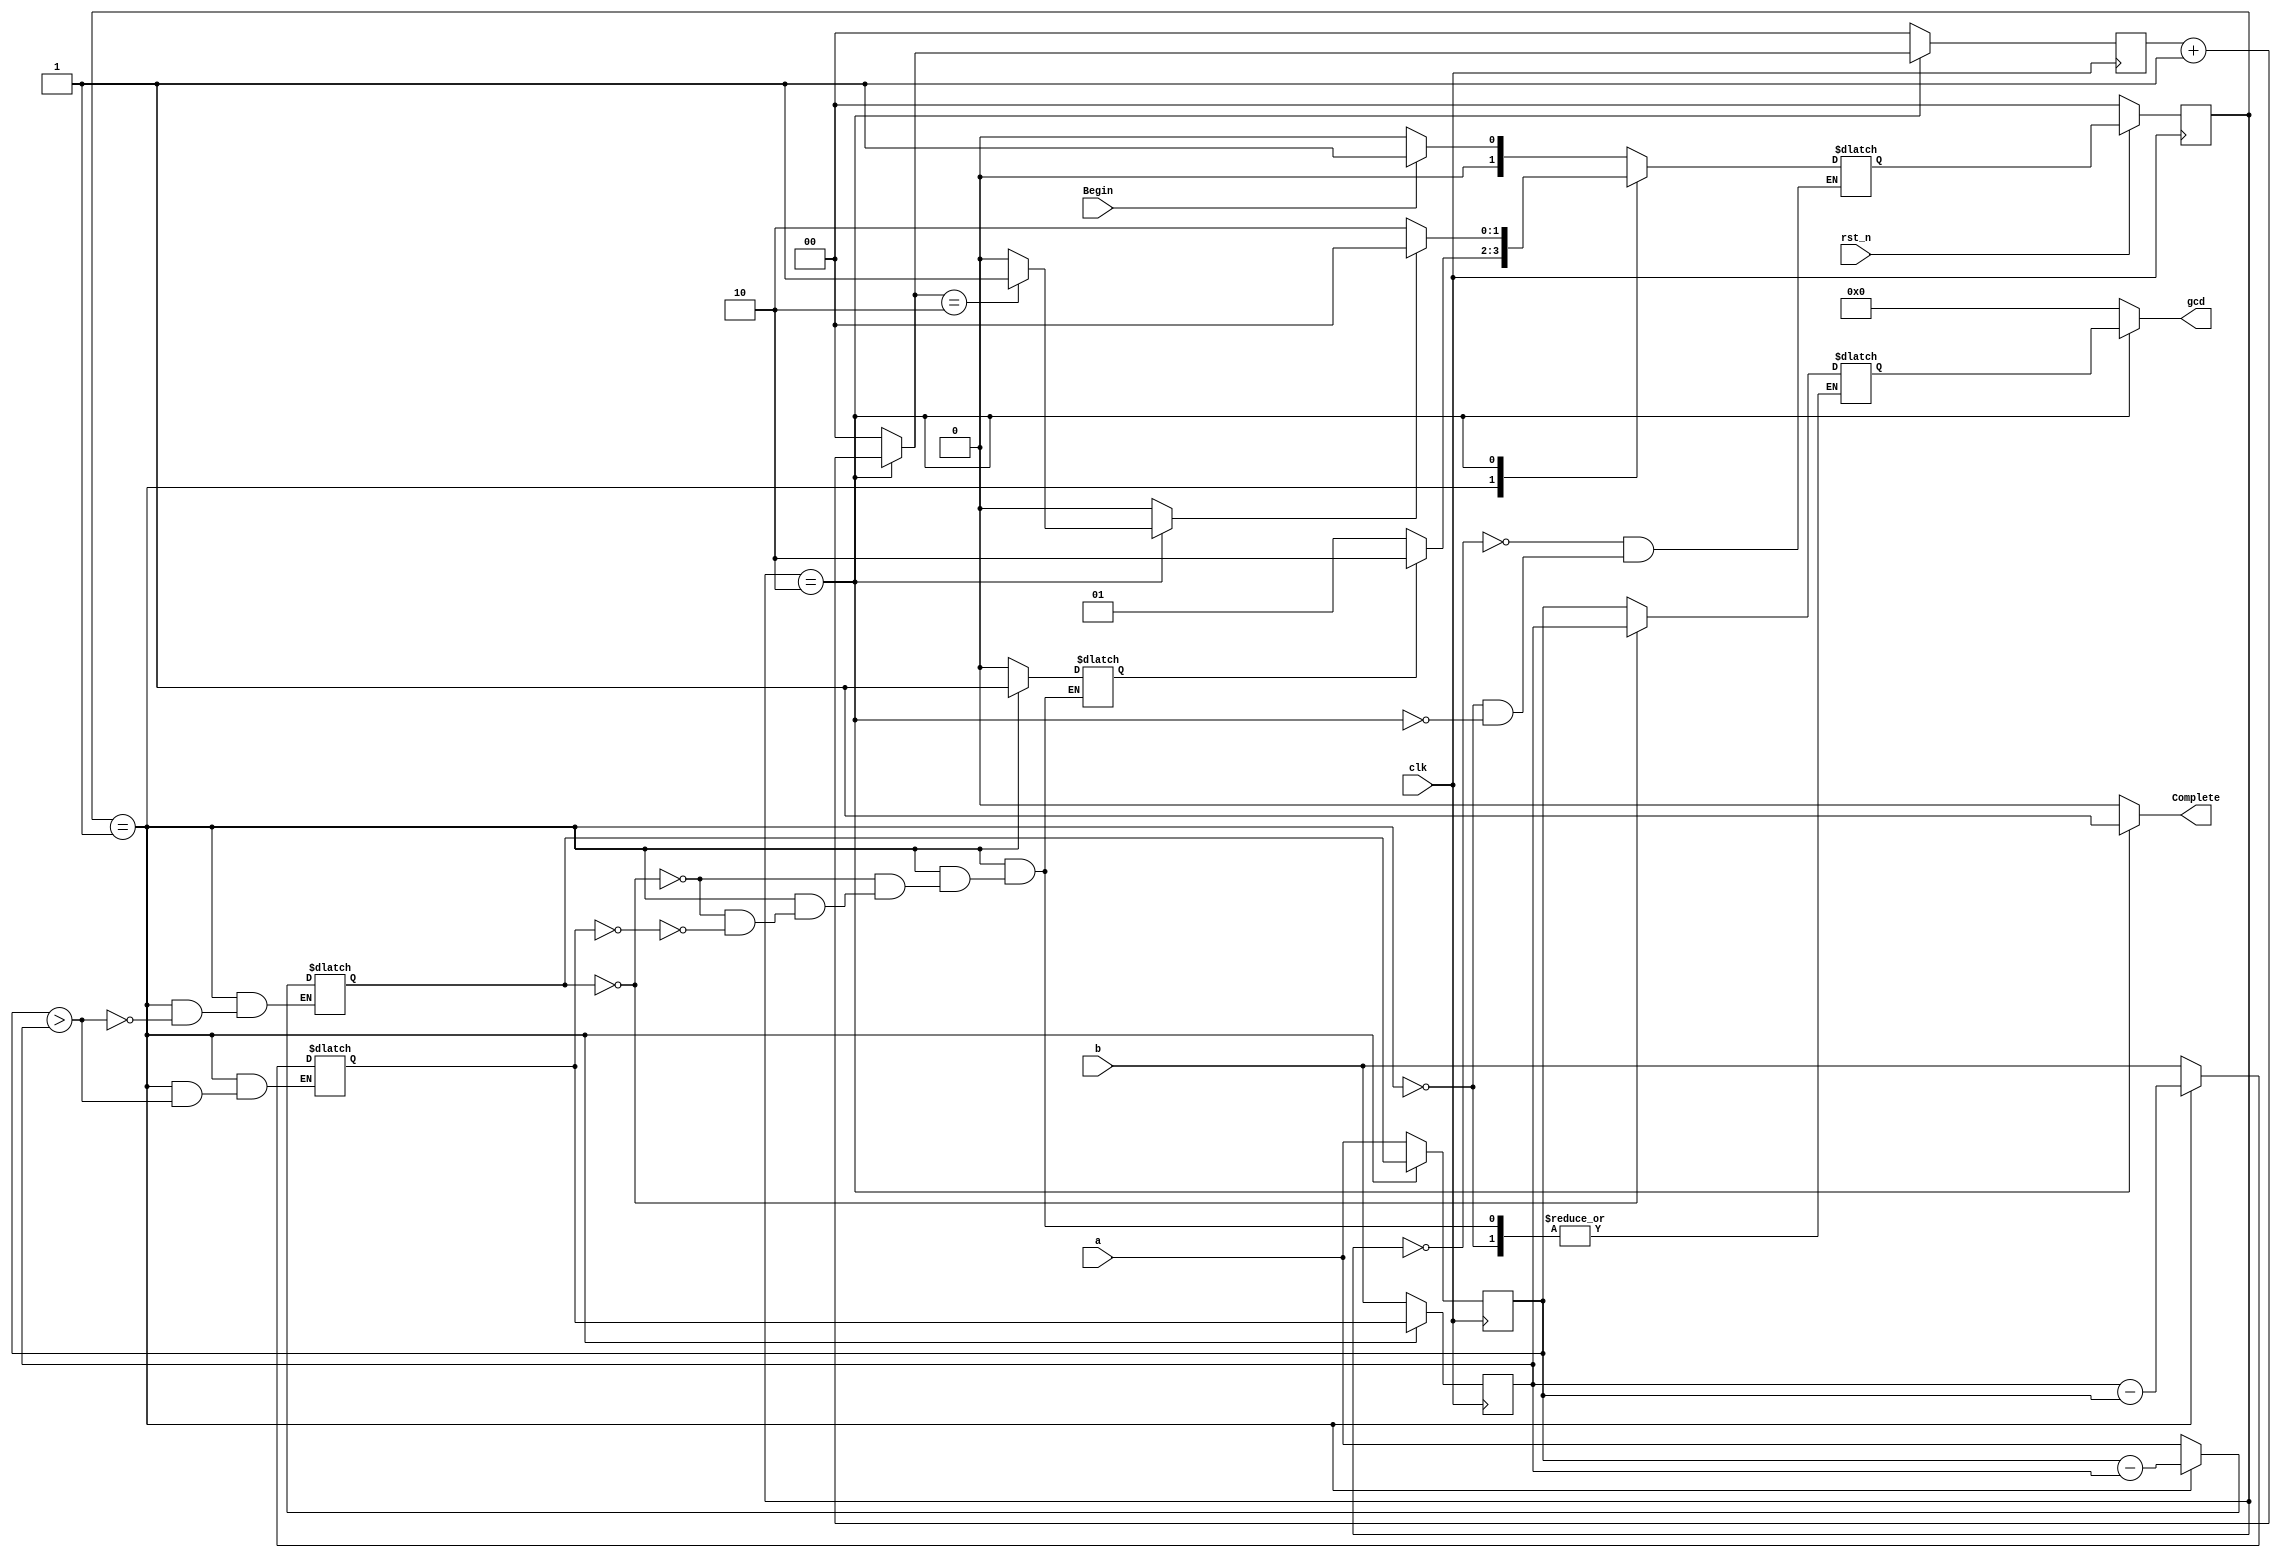
`timescale 1ns/1ps

module Greatest_Common_Divisor (clk, rst_n, Begin, a, b, Complete, gcd);
input clk, rst_n;
input Begin;
input [16-1:0] a;
input [16-1:0] b;
output reg Complete;
output reg [16-1:0] gcd;

parameter WAIT = 2'b00;
parameter CAL = 2'b01;
parameter FINISH = 2'b10;

reg [1:0] state;
reg [1:0] next_state;
reg cal_done;
reg finish_done;
reg [16-1:0] out;
reg [16-1:0] next_a;
reg [16-1:0] next_b;
reg [16-1:0] cal_a;
reg [16-1:0] cal_b;
reg [1:0] finish_cnt;
reg [1:0] next_finish_cnt;

// Sequential: control current state
always @(posedge clk) begin
  if (rst_n == 1'b0) state <= WAIT;
  else               state <= next_state;
end

// Combinational: calculate next state
always @(*) begin
  case(state)
    WAIT: begin
      if (Begin == 1'b1) next_state = CAL;
      else               next_state = WAIT;
    end
    CAL: begin
      if (cal_done == 1'b1) next_state = FINISH;
      else                  next_state = CAL;
    end
    FINISH: begin
      if (finish_done == 1'b1) next_state = WAIT;
      else                     next_state = FINISH;
    end
    default: begin
      next_state = next_state;
    end
  endcase
end

// [CAL] Sequential: control CAL internal state
always @(posedge clk) begin
  if (state == CAL) begin
    cal_a <= next_a;
    cal_b <= next_b;
  end
  else begin
    cal_a <= a;
    cal_b <= b;
  end
end


// [CAL] Combinational: calculate gcd
always @(*) begin
  if (state == CAL) begin
    if (cal_a > cal_b) next_a = cal_a - cal_b;
    else               next_b = cal_b - cal_a;
  end
  else begin
    next_a = a;
    next_b = b;
  end
end

// [CAL] Combinational: rise cal_done flag
always @(*) begin
  if (state == CAL) begin
    if (next_a == 16'h0) begin
      out = cal_b;
      cal_done = 1'b1;
    end
    else begin
      if (next_b == 16'h0) begin
        out = cal_a;
        cal_done = 1'b1;
      end
      else begin
        out = out;
        cal_done = cal_done;
      end
    end
  end
  else begin
    out = out;
    cal_done = 1'b0;
  end
end

// [FINISH] Sequential: control finish state
always @(posedge clk) begin
  if (state == FINISH) begin
    finish_cnt <= next_finish_cnt;
  end
  else begin
    finish_cnt <= 2'b00;
  end
end

// [FINISH] Combinational: count finish for 2 clk
always @(*) begin
  if (state == FINISH) next_finish_cnt = finish_cnt + 2'b01;
  else                 next_finish_cnt = 2'b00;
end

// [FINISH] Combinational: rise finish_done flag
always @(*) begin
  if (state == FINISH) begin
    if (next_finish_cnt == 2'b10) begin
      gcd = out;
      Complete = 1'b1;
      finish_done = 1'b1;
    end
    else begin
      gcd = out;
      Complete = 1'b1;
      finish_done = 1'b0;
    end
  end
  else begin
    gcd = 16'h0;
    Complete = 1'b0;
    finish_done = 1'b0;
  end
end

endmodule